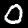
Digit: 0